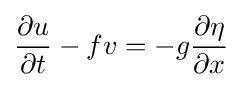
{\frac {\partial u}{\partial t}}-fv=-g{\frac {\partial \eta }{\partial x}}